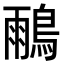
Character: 𪂕